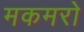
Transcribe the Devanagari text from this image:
मकमरो